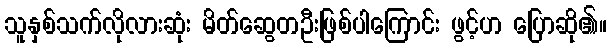
သူနှစ်သက်လိုလားဆုံး မိတ်ဆွေတဦးဖြစ်ပါကြောင်း ဖွင့်ဟ ပြောဆို၏။